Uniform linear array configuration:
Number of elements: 16
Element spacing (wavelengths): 1
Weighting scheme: binomial
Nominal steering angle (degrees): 45
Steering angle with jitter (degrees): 45.553
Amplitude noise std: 0.05
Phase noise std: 0.05

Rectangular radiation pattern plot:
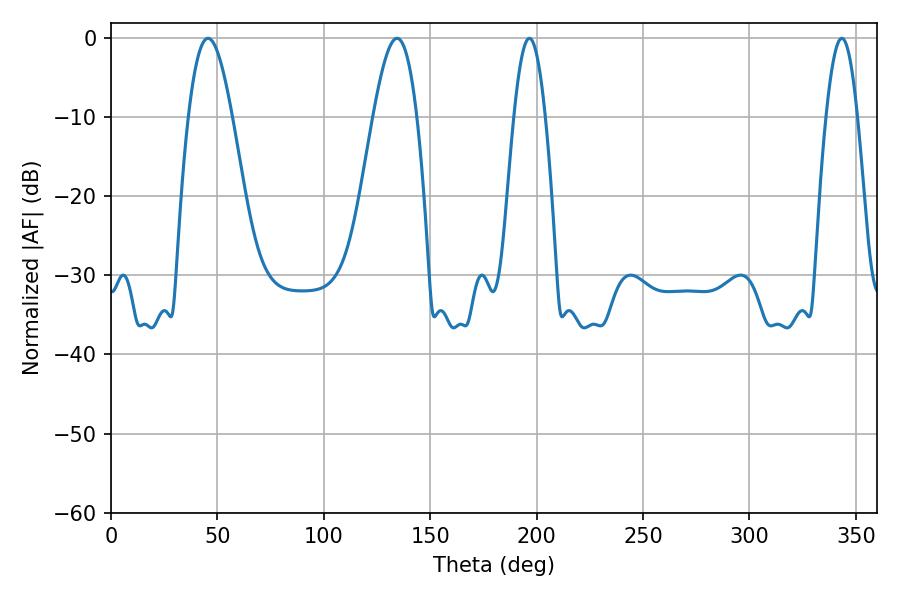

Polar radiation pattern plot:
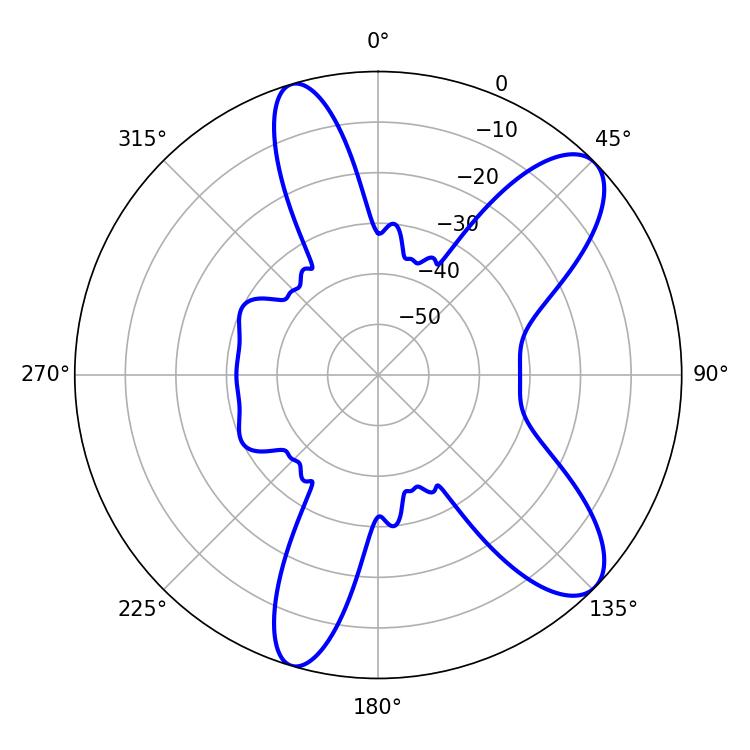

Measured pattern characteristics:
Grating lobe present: TRUE
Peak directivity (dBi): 9.639
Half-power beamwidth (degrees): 11.16
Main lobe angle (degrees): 45.54